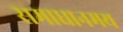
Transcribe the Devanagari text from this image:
समाधानमय